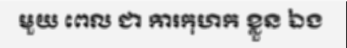
មួយ ពេល ជា ការកុហក ខ្លួន ឯង